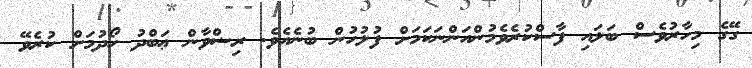
ގޭގެ މިހާރުވެސް ބަލައި ފާސްކުރެވެމުންއަންނަކަމަށް ފުލުހުން ބުނެއެވެ. ރިޟްވާން ޢަބްދު ހޯދުމަށް ކުރެވޭ